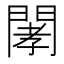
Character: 𨴹